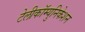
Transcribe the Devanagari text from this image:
टेलीकॉम्युनिकेशन